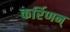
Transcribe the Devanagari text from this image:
कर्रिणन्